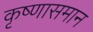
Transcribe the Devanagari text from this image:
कृष्णासमान